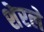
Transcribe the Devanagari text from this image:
शेरले